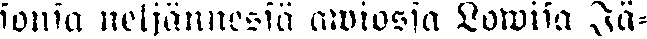
sonsa neljännessä awiossa Lowisa Jä-